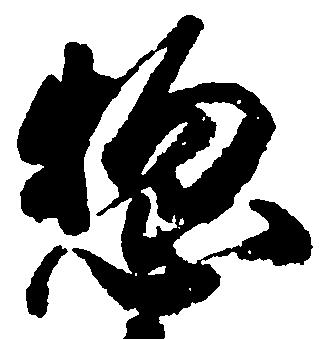
惣